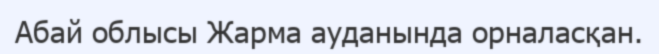
Абай облысы Жарма ауданында орналасқан.